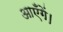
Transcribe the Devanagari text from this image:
आएँगें।